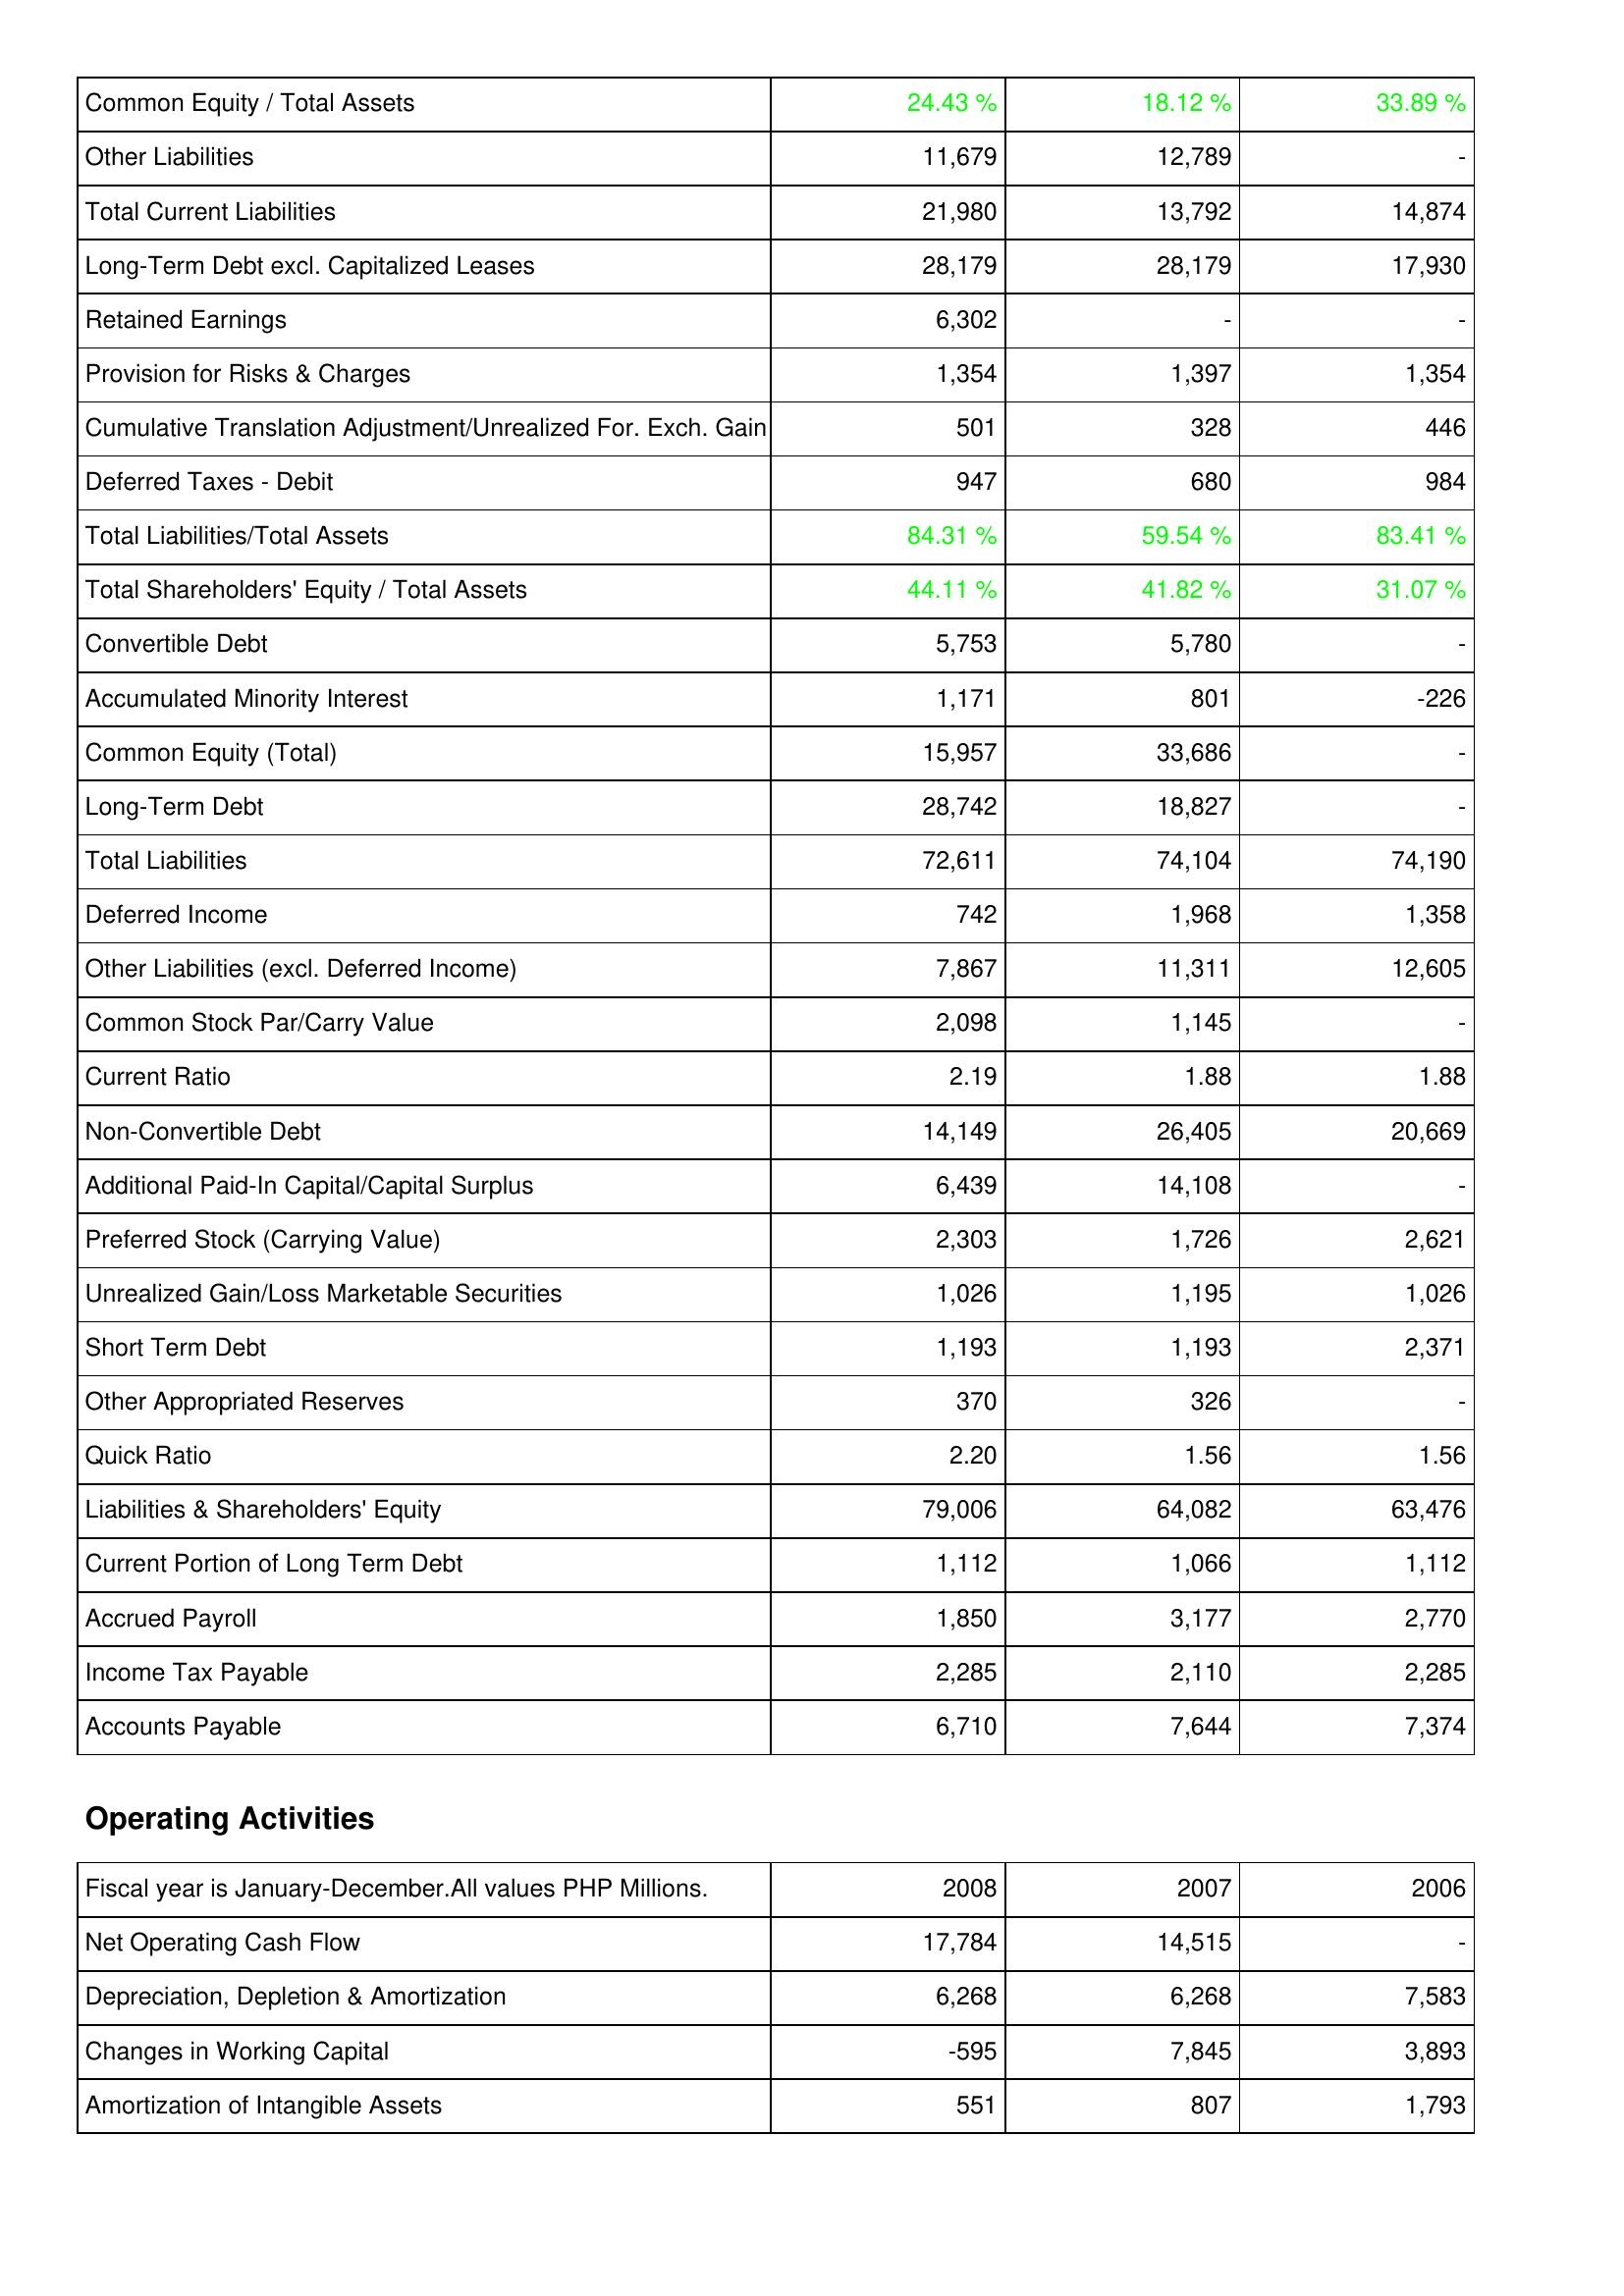
2008: Liabilities & Shareholders' Equity: Common Equity / Total Assets: 24.43 %
Other Liabilities: 11,679
Total Current Liabilities: 21,980
Long-Term Debt excl. Capitalized Leases: 28,179
Retained Earnings: 6,302
Provision for Risks & Charges: 1,354
Cumulative Translation Adjustment/Unrealized For. Exch. Gain: 501
Deferred Taxes - Debit: 947
Total Liabilities/Total Assets: 84.31 %
Total Shareholders' Equity / Total Assets: 44.11 %
Convertible Debt: 5,753
Accumulated Minority Interest: 1,171
Common Equity (Total): 15,957
Long-Term Debt: 28,742
Total Liabilities: 72,611
Deferred Income: 742
Other Liabilities (excl. Deferred Income): 7,867
Common Stock Par/Carry Value: 2,098
Current Ratio: 2.19
Non-Convertible Debt: 14,149
Additional Paid-In Capital/Capital Surplus: 6,439
Preferred Stock (Carrying Value): 2,303
Unrealized Gain/Loss Marketable Securities: 1,026
Short Term Debt: 1,193
Other Appropriated Reserves: 370
Quick Ratio: 2.20
Liabilities & Shareholders' Equity: 79,006
Current Portion of Long Term Debt: 1,112
Accrued Payroll: 1,850
Income Tax Payable: 2,285
Accounts Payable: 6,710
Operating Activities: Net Operating Cash Flow: 17,784
Depreciation, Depletion & Amortization: 6,268
Changes in Working Capital: -595
Amortization of Intangible Assets: 551
2007: Liabilities & Shareholders' Equity: Common Equity / Total Assets: 18.12 %
Other Liabilities: 12,789
Total Current Liabilities: 13,792
Long-Term Debt excl. Capitalized Leases: 28,179
Retained Earnings: -
Provision for Risks & Charges: 1,397
Cumulative Translation Adjustment/Unrealized For. Exch. Gain: 328
Deferred Taxes - Debit: 680
Total Liabilities/Total Assets: 59.54 %
Total Shareholders' Equity / Total Assets: 41.82 %
Convertible Debt: 5,780
Accumulated Minority Interest: 801
Common Equity (Total): 33,686
Long-Term Debt: 18,827
Total Liabilities: 74,104
Deferred Income: 1,968
Other Liabilities (excl. Deferred Income): 11,311
Common Stock Par/Carry Value: 1,145
Current Ratio: 1.88
Non-Convertible Debt: 26,405
Additional Paid-In Capital/Capital Surplus: 14,108
Preferred Stock (Carrying Value): 1,726
Unrealized Gain/Loss Marketable Securities: 1,195
Short Term Debt: 1,193
Other Appropriated Reserves: 326
Quick Ratio: 1.56
Liabilities & Shareholders' Equity: 64,082
Current Portion of Long Term Debt: 1,066
Accrued Payroll: 3,177
Income Tax Payable: 2,110
Accounts Payable: 7,644
Operating Activities: Net Operating Cash Flow: 14,515
Depreciation, Depletion & Amortization: 6,268
Changes in Working Capital: 7,845
Amortization of Intangible Assets: 807
2006: Liabilities & Shareholders' Equity: Common Equity / Total Assets: 33.89 %
Other Liabilities: -
Total Current Liabilities: 14,874
Long-Term Debt excl. Capitalized Leases: 17,930
Retained Earnings: -
Provision for Risks & Charges: 1,354
Cumulative Translation Adjustment/Unrealized For. Exch. Gain: 446
Deferred Taxes - Debit: 984
Total Liabilities/Total Assets: 83.41 %
Total Shareholders' Equity / Total Assets: 31.07 %
Convertible Debt: -
Accumulated Minority Interest: -226
Common Equity (Total): -
Long-Term Debt: -
Total Liabilities: 74,190
Deferred Income: 1,358
Other Liabilities (excl. Deferred Income): 12,605
Common Stock Par/Carry Value: -
Current Ratio: 1.88
Non-Convertible Debt: 20,669
Additional Paid-In Capital/Capital Surplus: -
Preferred Stock (Carrying Value): 2,621
Unrealized Gain/Loss Marketable Securities: 1,026
Short Term Debt: 2,371
Other Appropriated Reserves: -
Quick Ratio: 1.56
Liabilities & Shareholders' Equity: 63,476
Current Portion of Long Term Debt: 1,112
Accrued Payroll: 2,770
Income Tax Payable: 2,285
Accounts Payable: 7,374
Operating Activities: Net Operating Cash Flow: -
Depreciation, Depletion & Amortization: 7,583
Changes in Working Capital: 3,893
Amortization of Intangible Assets: 1,793